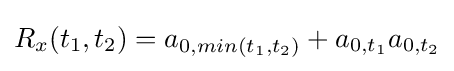
R_{x}(t_{1},t_{2})=a_{0,min(t_{1},t_{2})}+a_{0,t_{1}}a_{0,t_{2}}